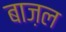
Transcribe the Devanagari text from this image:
बाज़ल